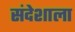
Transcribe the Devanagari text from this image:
संदेशाला